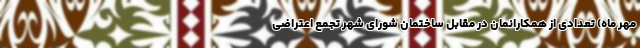
مهر ماه) تعدادی از همکارانمان در مقابل ساختمان شورای شهر تجمع اعتراضی